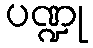
ပဏ္ဍု